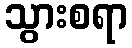
သွားစရာ